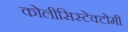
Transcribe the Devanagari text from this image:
कोलीसिस्टेक्टोमी